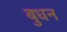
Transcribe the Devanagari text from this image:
बुधन